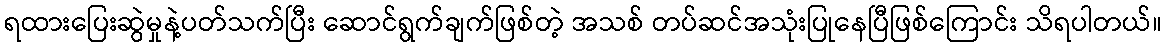
ရထားပြေးဆွဲမှုနဲ့ပတ်သက်ပြီး ဆောင်ရွက်ချက်ဖြစ်တဲ့ အသစ် တပ်ဆင်အသုံးပြုနေပြီဖြစ်ကြောင်း သိရပါတယ်။